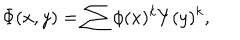
\Phi ( x , y ) = \sum \phi ( x ) ^ { k } Y ( y ) ^ { k } ,